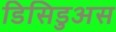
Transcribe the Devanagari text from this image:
डिसिडुअस